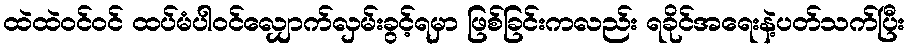
ထဲထဲဝင်ဝင် ထပ်မံပါဝင်လျှောက်လှမ်းခွင့်ရမှာ ဖြစ်ခြင်းကလည်း ရခိုင်အရေးနဲ့ပတ်သက်ပြီး